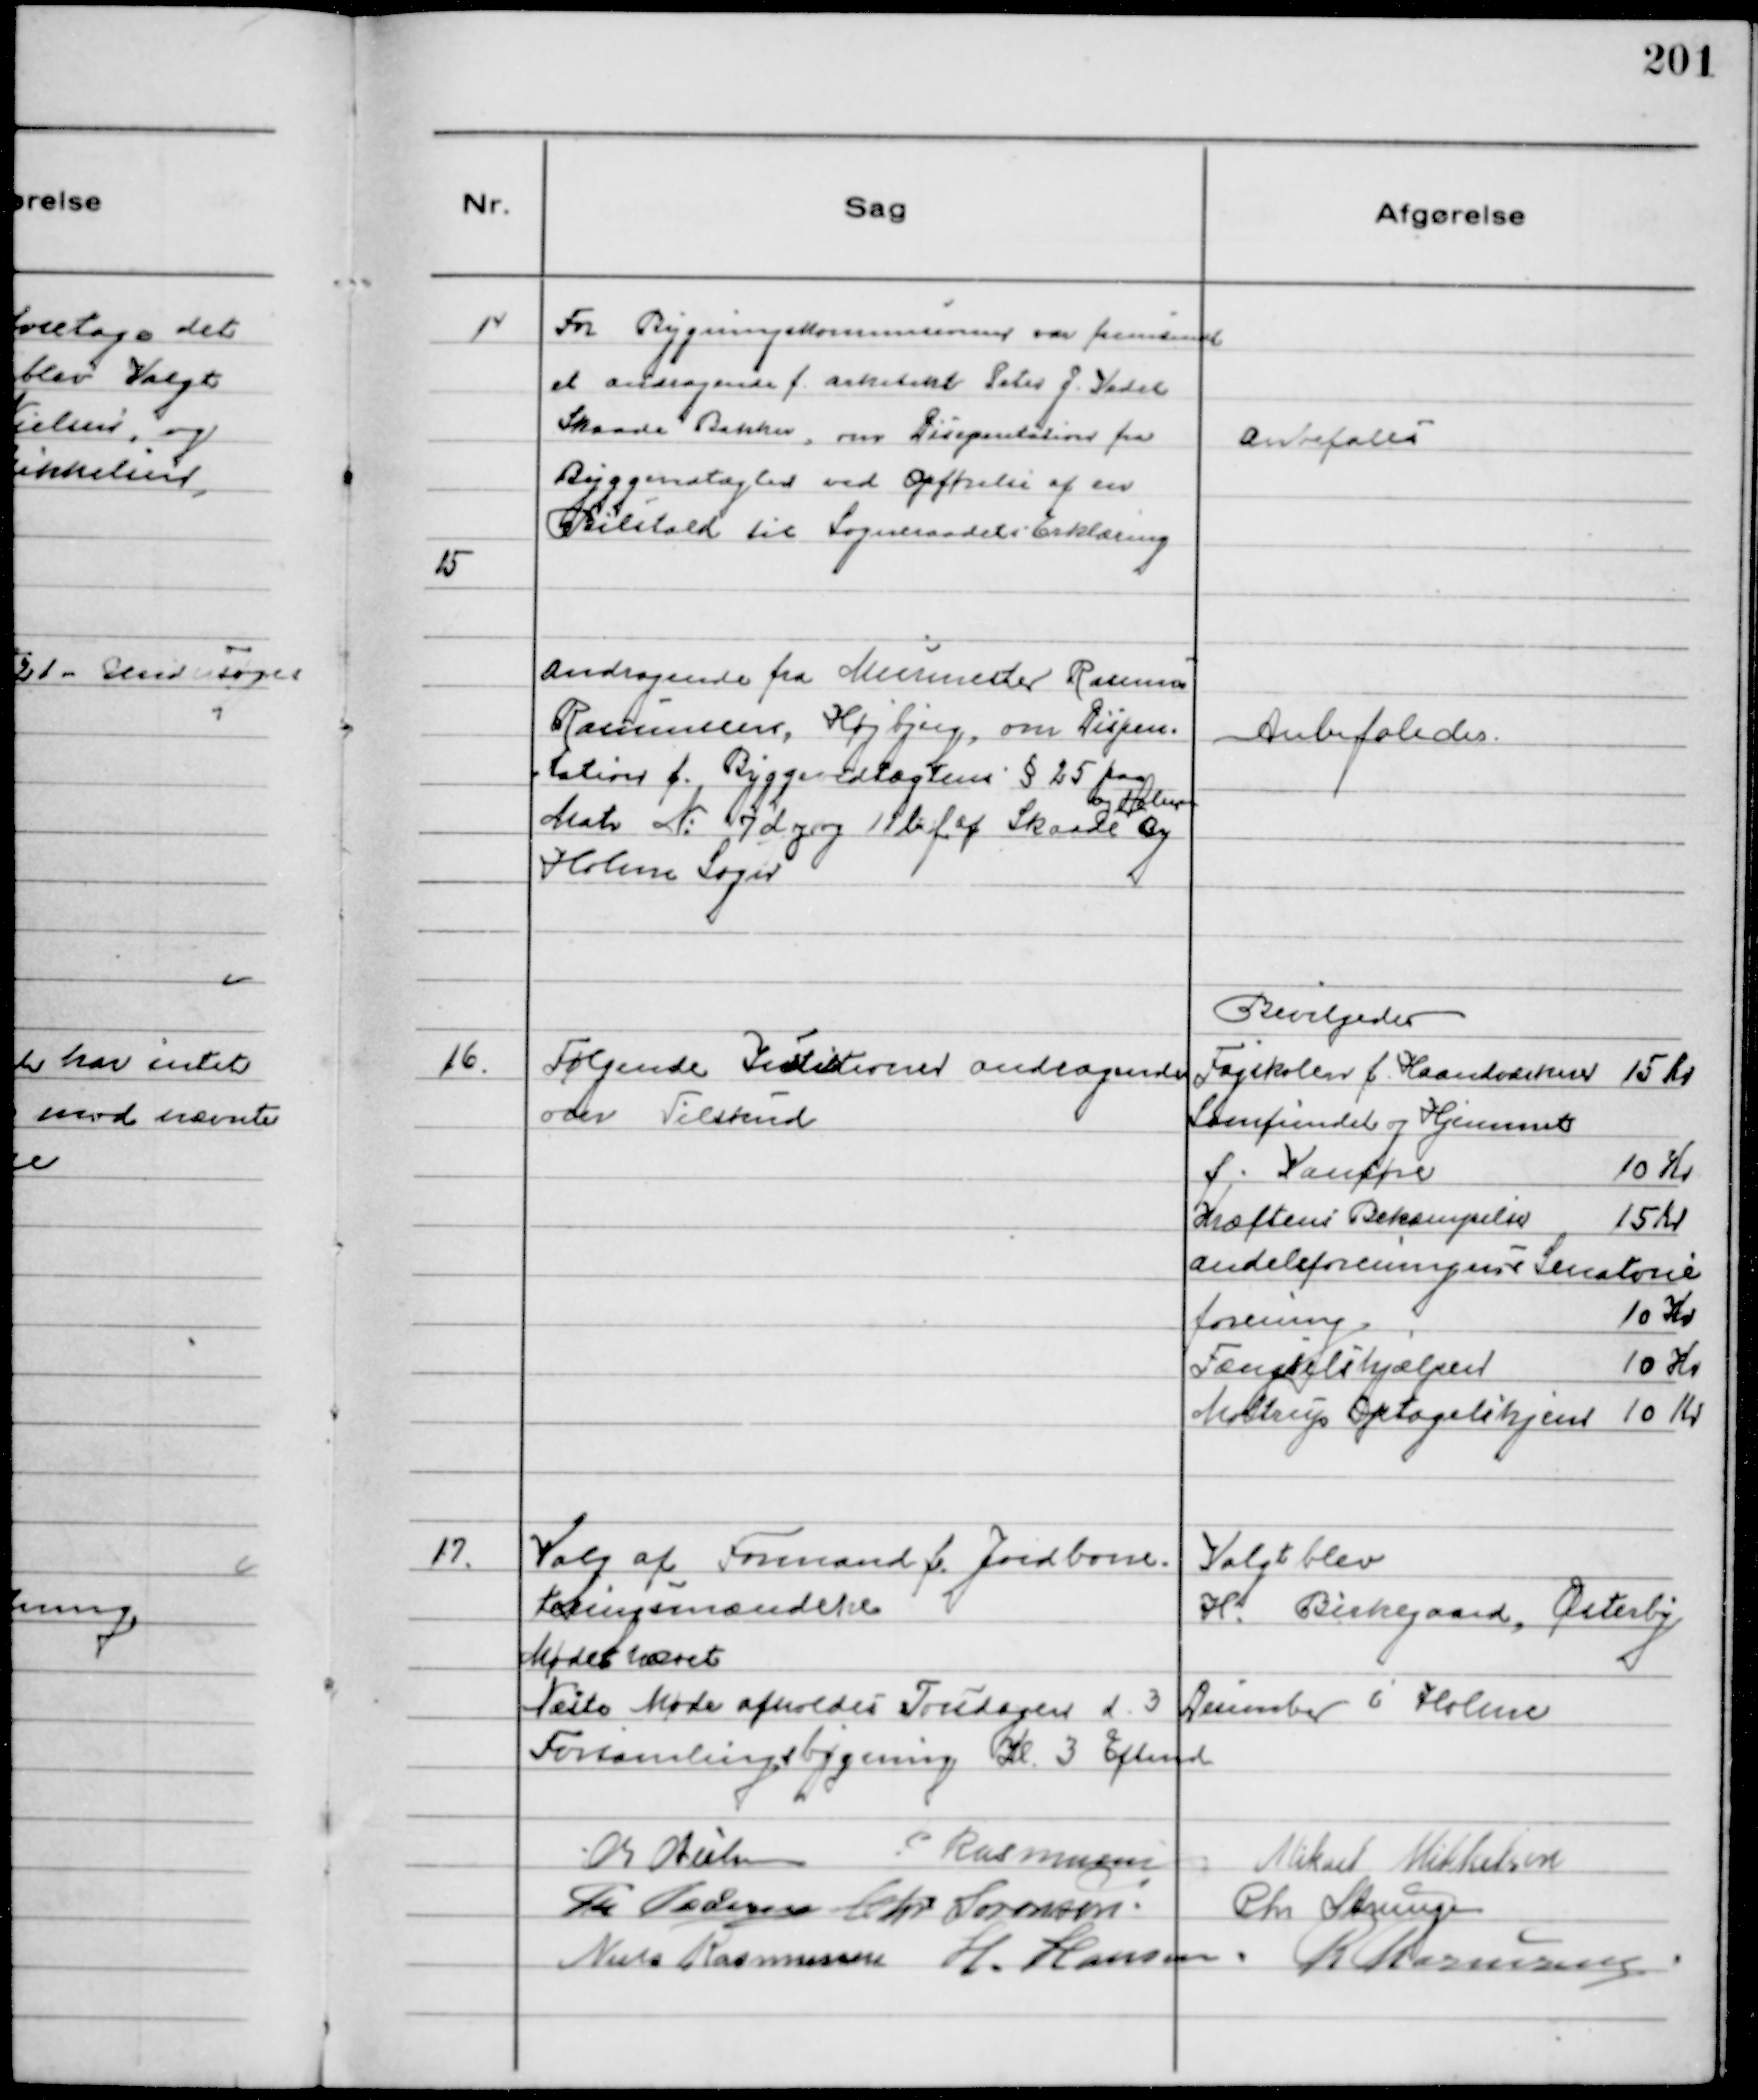
Transskription:
14
Fra Bygningskommisionen var fremsendt
et andragende f. arkitekt Peter J. Vedel
Skaade Bakker, om Disspentation fra
Byggevedtægten ved Opførelse af en
Bilstald til Sogneraadets Erklæring

Anbefales

15
Andragende fra Murmester Rasmus
Rasmussen, Højbjerg, om Dispen-
tation f. Byggevedtægtens § 25 paa
Matr № 7 d j og 11 b f af Skaade
og Holme
By
Holme Sogn

Anbefaledes

16.
Følgende Instiltioner andragende
om Tilskud

Bevilgedes
Fagskolen f. Haandværkere 15 Kr
Samfundet og Hjemmet
f. Vanføre 
10 Kr
Kræftens Bekæmpelse 
15 Kr
Andelsforeningens Sanatorie
forening 
10 Kr
Fængselshjælpen 
10 Kr
Møltrup Optagelshjem 10 Kr

17.
Valg af Formand f. Jordboni-
teringsmændene

Valgt blev
H. Birkegaard, Østerby

Mødet hævet
Næste Møde afholdes Torsdagen d. 3 December i Holme
Forsamlingsbygning Kl. 3 Eftmd
Chr Nielsen
P Rasmussen
Mikael Mikkelsen
Th Pedersen Chr Sørensen. Chr Strunge
Niels Rasmussen H. Hansen. 
R Rasmussen.